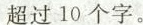
超过10个字。